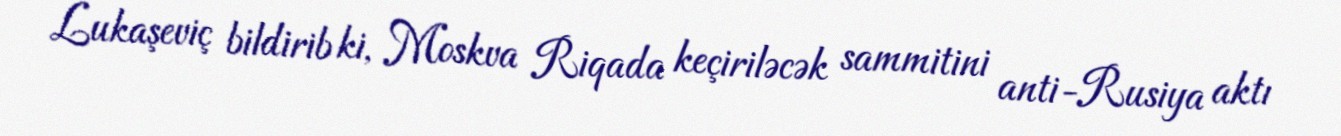
Lukaşeviç bildirib ki, Moskva Riqada keçiriləcək sammitini anti-Rusiya aktı